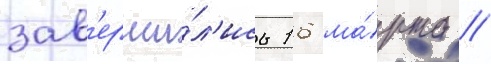
зав'ерши́л'ись 16 ма́рта //